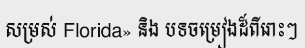
សម្រស់ Florida» និង បទចម្រៀងដ៏ពីរោះៗ